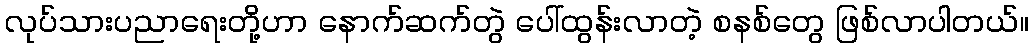
လုပ်သားပညာရေးတို့ဟာ နောက်ဆက်တွဲ ပေါ်ထွန်းလာတဲ့ စနစ်တွေ ဖြစ်လာပါတယ်။